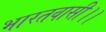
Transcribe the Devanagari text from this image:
भारतवासी।।